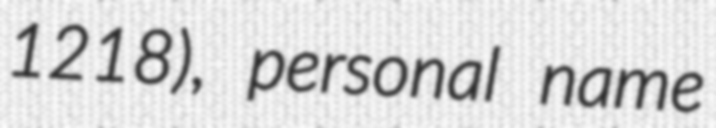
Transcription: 1218), personal name